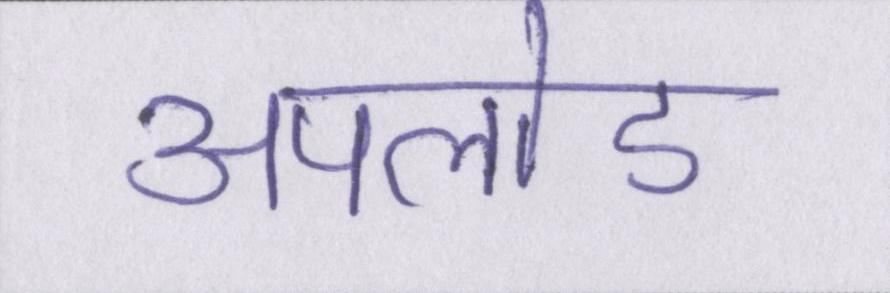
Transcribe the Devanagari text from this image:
अपलोड